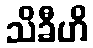
သိခီဟိ